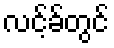
လင့်ခ်တွင်